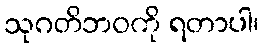
သုဂတိဘဝကို ရတာပါ၊